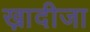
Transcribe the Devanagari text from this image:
ख़ादीजा